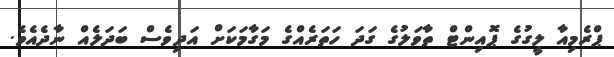
ޕްރެމިއާ ލީގުގެ ޕޮއިންޓް ތާވަލުގެ ގަދަ ހަތަރެއްގެ މަގާމަކަށް އަދިވެސް ބަދަލެއް ނާދެއެވެ.